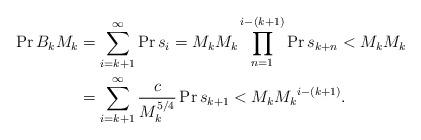
LaTeX: \begin{align*} \Pr{B_k}{M_k} &= \sum_{i=k+1}^\infty\Pr{s_i=M_k}{M_k}\prod_{n=1}^{i-(k+1)}\Pr{s_{k+n}<M_k}{M_k}\\ &= \sum_{i=k+1}^\infty\frac{c}{M_k^{5/4}}\Pr{s_{k+1}<M_k}{M_k}^{i-(k+1)}. \end{align*}